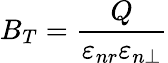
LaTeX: B_{T}=\frac{Q}{\varepsilon_{nr}\varepsilon_{n\perp}}